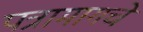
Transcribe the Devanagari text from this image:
पत्रामागचे